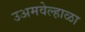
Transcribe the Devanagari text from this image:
उअमवेल्हाळा